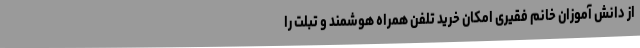
از دانش آموزان خانم فقیری امکان خرید تلفن همراه هوشمند و تبلت را